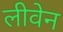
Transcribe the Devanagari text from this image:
लीवेन